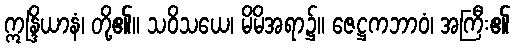
ဣန္ဒြိယာနံ၊ တို့၏။ သဝိသယေ၊ မိမိအရာ၌။ ဇေဋ္ဌကဘာဝံ၊ အကြီး၏